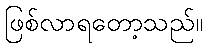
ဖြစ်လာရတော့သည်။